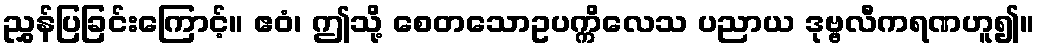
ညွှန်ပြခြင်းကြောင့်။ ဧဝံ၊ ဤသို့ စေတသောဥပက္ကိလေသ ပညာယ ဒုဗ္ဗလီကရဏဟူ၍။